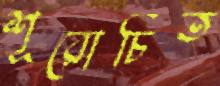
শূরোচিত